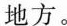
地方。